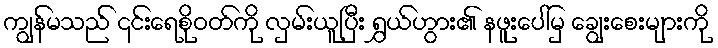
ကျွန်မသည် ၎င်းရေစိုဝတ်ကို လှမ်းယူပြီး ရွှယ်ဟွား၏ နဖူးပေါ်မှ ချွေးစေးများကို